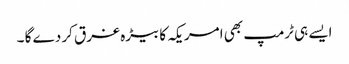
ایسے ہی ٹرمپ بھی امریکہ کا بیڑہ غرق کر دے گا ۔